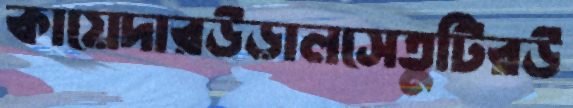
কায়েদারউড়ালসেতুটিরউ